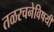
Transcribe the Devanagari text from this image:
तळरचनेविषयी